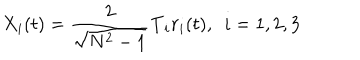
LaTeX: X _ { i } ( t ) = \frac { 2 } { \sqrt { N ^ { 2 } - 1 } } \mathbf { T } _ { i } r _ { i } ( t ) , \ \ i = 1 , 2 , 3